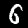
Digit: 6